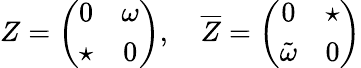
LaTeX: Z=\left(\begin{array}{cc}{{0}}&{{\omega}}\\ {{\star}}&{{0}}\end{array}\right),\quad{\overline{{Z}}}=\left(\begin{array}{cc}{{0}}&{{\star}}\\ {{{\tilde{\omega}}}}&{{0}}\end{array}\right)